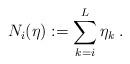
LaTeX: \begin{align*} N_i(\eta):= \sum_{k= i}^L \eta_{{k}}\;.\end{align*}